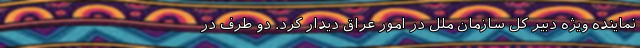
نماینده ویژه دبیر کل سازمان ملل در امور عراق دیدار کرد. دو طرف در